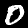
Label: 0